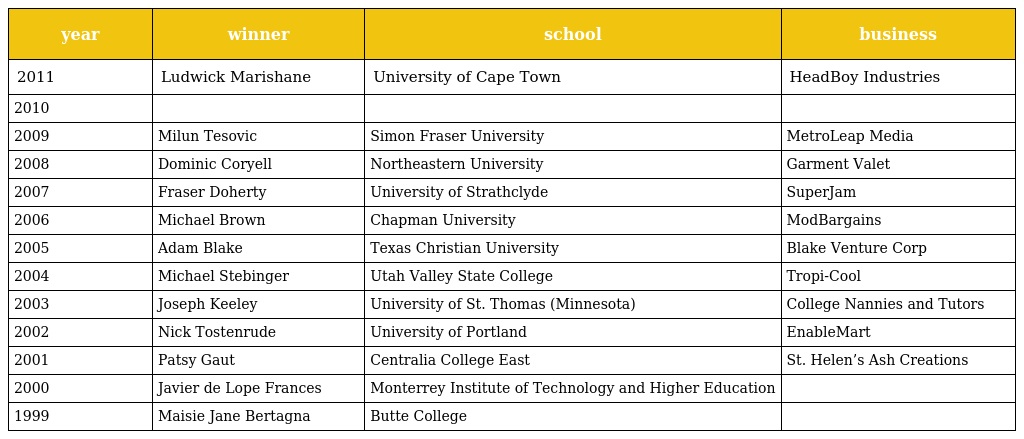
| year | winner | school | business |
 | --- | --- | --- | --- |
 | 2011 | Ludwick Marishane | University of Cape Town | HeadBoy Industries |
 | 2010 |  |  |  |
 | 2009 | Milun Tesovic | Simon Fraser University | MetroLeap Media |
 | 2008 | Dominic Coryell | Northeastern University | Garment Valet |
 | 2007 | Fraser Doherty | University of Strathclyde | SuperJam |
 | 2006 | Michael Brown | Chapman University | ModBargains |
 | 2005 | Adam Blake | Texas Christian University | Blake Venture Corp |
 | 2004 | Michael Stebinger | Utah Valley State College | Tropi-Cool |
 | 2003 | Joseph Keeley | University of St. Thomas (Minnesota) | College Nannies and Tutors |
 | 2002 | Nick Tostenrude | University of Portland | EnableMart |
 | 2001 | Patsy Gaut | Centralia College East | St. Helen’s Ash Creations |
 | 2000 | Javier de Lope Frances | Monterrey Institute of Technology and Higher Education |  |
 | 1999 | Maisie Jane Bertagna | Butte College |  |